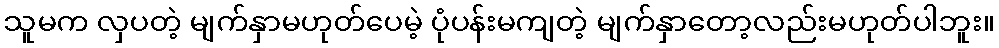
သူမက လှပတဲ့ မျက်နှာမဟုတ်ပေမဲ့ ပုံပန်းမကျတဲ့ မျက်နှာတော့လည်းမဟုတ်ပါဘူး။